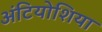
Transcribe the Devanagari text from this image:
अंटियोशिया